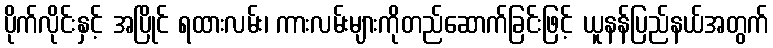
ပိုက်လိုင်းနှင့် အပြိုင် ရထားလမ်း၊ ကားလမ်းများကိုတည်ဆောက်ခြင်းဖြင့် ယူနန်ပြည်နယ်အတွက်